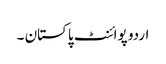
اردو پوائنٹ پاکستان ۔